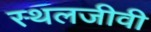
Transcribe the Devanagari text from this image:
स्थलजीवी